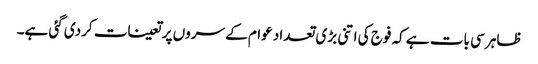
ظاہر سی بات ہے کہ فوج کی اتنی بڑی تعداد عوام کے سروں پر تعینات کردی گئی ہے۔